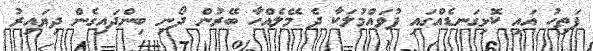
ފަތިހު އައި ކޮޅިގަނޑެއްގައި ފުވައްމުލަކާ ދެ މޭލެއްހާ ބޭރުން ދޯނި ބިންދައިގެން ދިޔައިރު